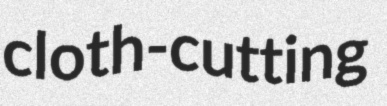
cloth-cutting